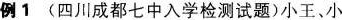
例1(四川成都七中入学检测试题)小王、小